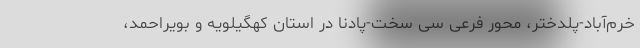
خرم‌آباد-پلدختر، محور فرعی سی سخت-پادنا در استان کهگیلویه و بویراحمد،